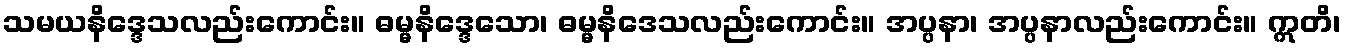
သမယနိဒ္ဒေသလည်းကောင်း။ ဓမ္မနိဒ္ဒေသော၊ ဓမ္မနိဒေသလည်းကောင်း။ အပ္ပနာ၊ အပ္ပနာလည်းကောင်း။ ဣတိ၊